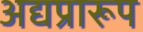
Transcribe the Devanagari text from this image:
अद्यप्रारूप